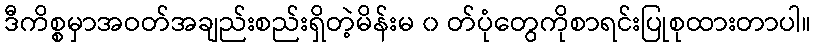
ဒီကိစ္စမှာအဝတ်အချည်းစည်းရှိတဲ့မိန်းမ ၀ တ်ပုံတွေကိုစာရင်းပြုစုထားတာပါ။